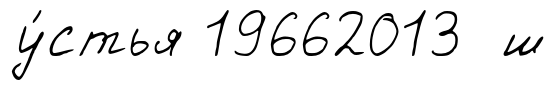
у́стья 19662013 ш